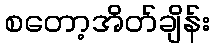
စတော့အိတ်ချိန်း